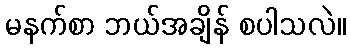
မနက်စာ ဘယ်အချိန် စပါသလဲ။